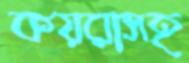
কয়রাসহ